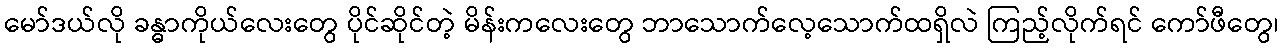
မော်ဒယ်လို ခန္ဓာကိုယ်လေးတွေ ပိုင်ဆိုင်တဲ့ မိန်းကလေးတွေ ဘာသောက်လေ့သောက်ထရှိလဲ ကြည့်လိုက်ရင် ကော်ဖီတွေ၊